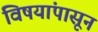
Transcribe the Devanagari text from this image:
विषयांपासून